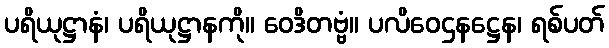
ပရိယုဋ္ဌာနံ၊ ပရိယုဋ္ဌာနကို။ ဝေဒိတဗ္ဗံ။ ပလိဝေဌနဋ္ဌေန၊ ရစ်ပတ်